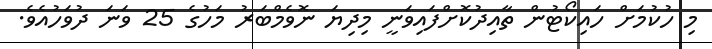
މި ހުކުމަށް ހައިކޯޓުން ތާއިދުކޮށްފައިވަނީ މިދިޔަ ނޮވެމްބަރު މަހުގެ 25 ވަނަ ދުވަހުއެވެ.